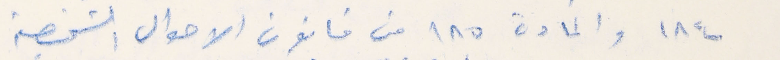
١٨٤ والمادة ١٨٥ من قانون الاحوال الشخصية